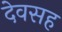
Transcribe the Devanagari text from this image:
देवसह